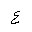
Letter: _ayn